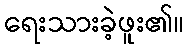
ရေးသားခဲ့ဖူး၏။